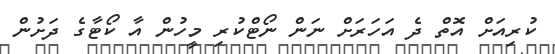
ކުރިއަށް އޮތް ދެ އަހަރަށް ނަން ނޯޓްކުރި މީހުން އާ ކޯޓާގެ ދަށުން